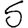
Digit: 5